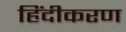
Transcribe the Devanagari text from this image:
हिंदीकरण